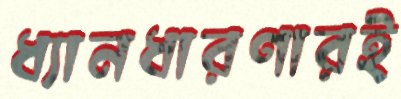
ধ্যানধারণারই